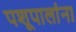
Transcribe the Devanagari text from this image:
पशूपालांना